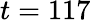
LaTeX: t=117